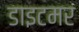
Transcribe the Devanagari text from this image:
डाइटमर